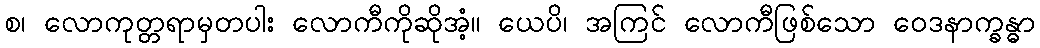
စ၊ လောကုတ္တရာမှတပါး လောကီကိုဆိုအံ့။ ယေပိ၊ အကြင် လောကီဖြစ်သော ဝေဒနာက္ခန္ဓာ